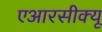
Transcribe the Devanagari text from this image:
एआरसीक्यू